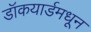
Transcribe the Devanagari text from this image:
डॉकयार्डमधून